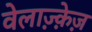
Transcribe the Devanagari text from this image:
वेलाज़्क़ेज़